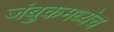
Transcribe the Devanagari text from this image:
जंबुकमध्येच